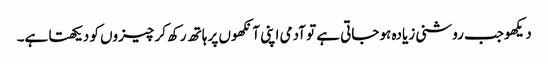
دیکھوجب روشنی زیادہ ہو جاتی ہے تو آدمی اپنی آنکھوں پر ہاتھ رکھ کر چیزوں کو دیکھتا ہے۔